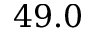
4 9 . 0